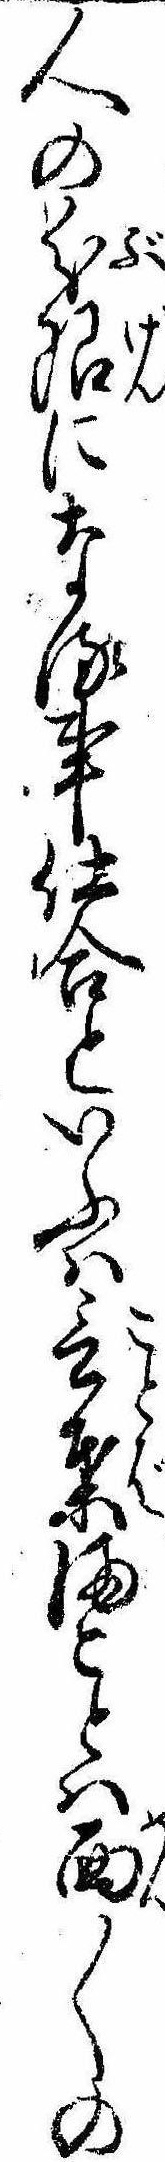
人の分限になる事仕合といふは言葉まことは面〱の